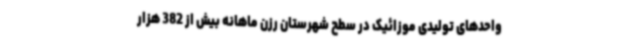
واحدهای تولیدی موزائیک در سطح شهرستان رزن ماهانه بیش از 382 هزار